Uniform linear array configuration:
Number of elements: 4
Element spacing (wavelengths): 0.25
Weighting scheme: exponential
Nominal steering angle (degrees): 45
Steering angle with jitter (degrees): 43.51
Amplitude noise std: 0.05
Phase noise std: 0.05

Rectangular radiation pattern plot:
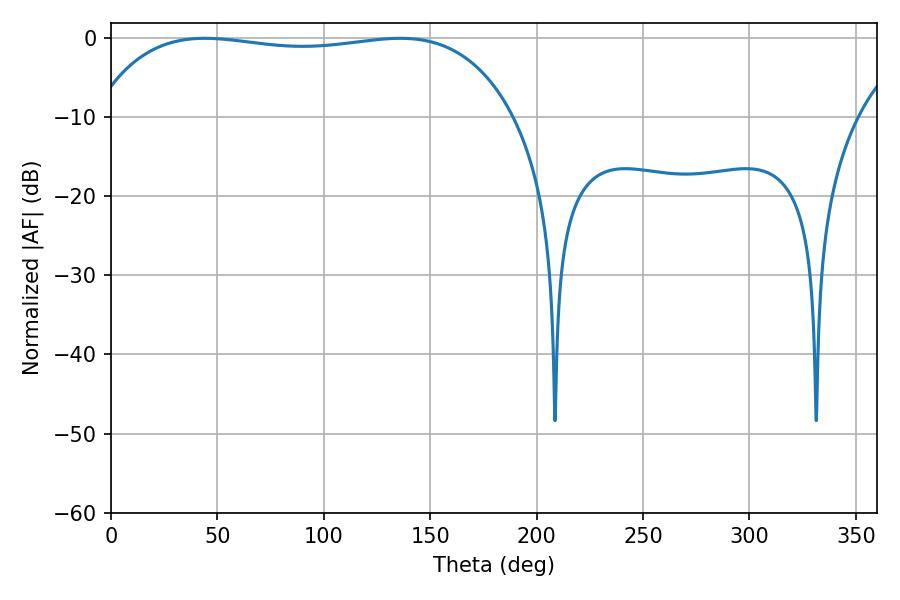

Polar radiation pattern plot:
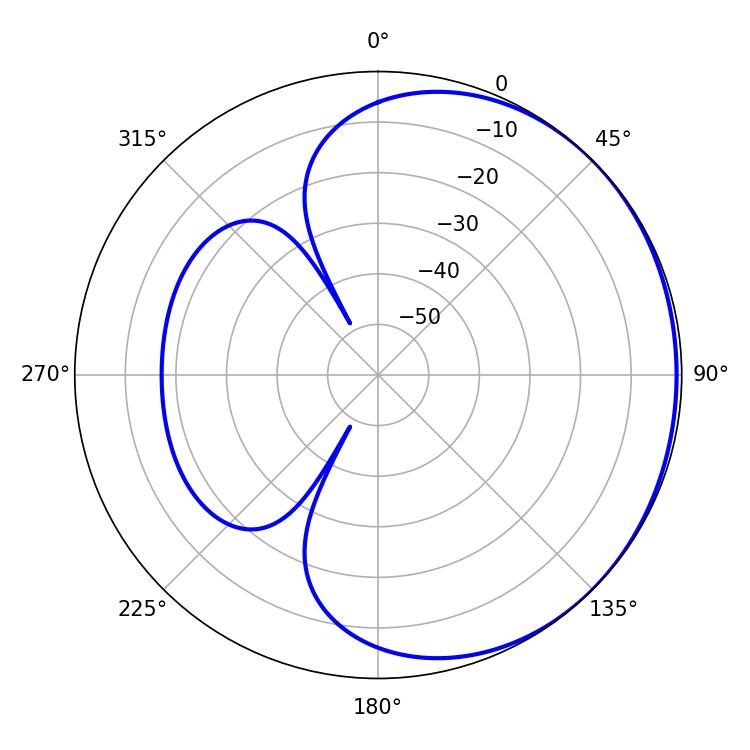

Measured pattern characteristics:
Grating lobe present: FALSE
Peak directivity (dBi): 0.6982
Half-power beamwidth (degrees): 158.04
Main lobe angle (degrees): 44.1